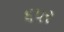
૬પર